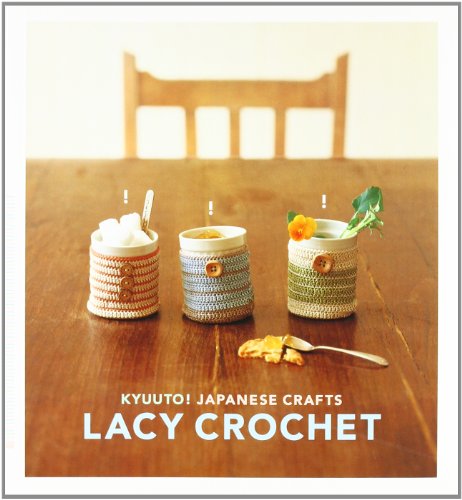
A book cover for Kyuuto! Japanese Crafts! Lacy Crochet; Chronicle Books; Crafts, Hobbies & Home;